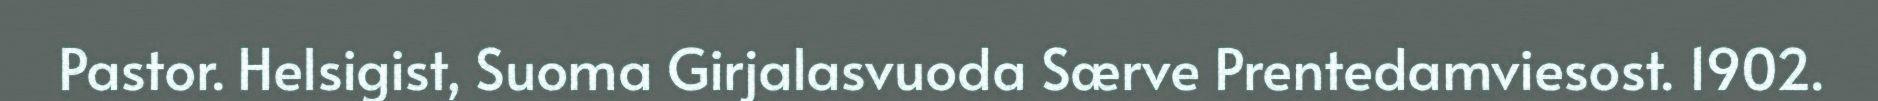
Pastor. Helsigist, Suoma Girjalasvuoda Særve Prentedamviesost. 1902.